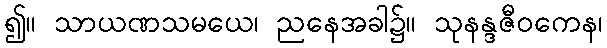
၍။ သာယဏသမယေ၊ ညနေအခါ၌။ သုနန္ဒဇီဝကေန၊